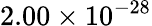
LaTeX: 2.00\times 10^{-28}